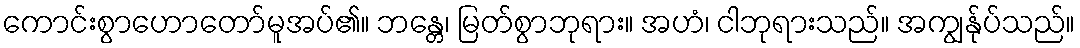
ကောင်းစွာဟောတော်မူအပ်၏။ ဘန္တေ၊ မြတ်စွာဘုရား။ အဟံ၊ ငါဘုရားသည်။ အကျွန်ုပ်သည်။